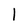
Character: l